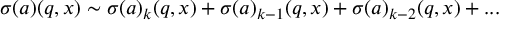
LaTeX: \sigma ( a ) ( q , x ) \sim \sigma ( a ) _ { k } ( q , x ) + \sigma ( a ) _ { k - 1 } ( q , x ) + \sigma ( a ) _ { k - 2 } ( q , x ) + . . .